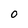
Character: 0